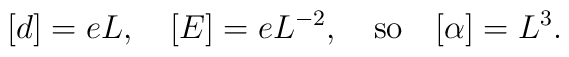
[d]=eL,\quad [E]=eL^{-2}, \quad \mbox{so}\quad [\alpha]=L^3.